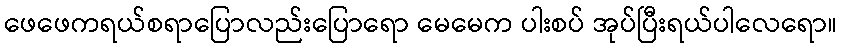
ဖေဖေကရယ်စရာပြောလည်းပြောရော မေမေက ပါးစပ် အုပ်ပြီးရယ်ပါလေရော။